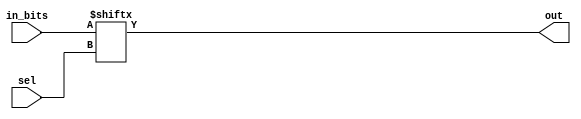
// Code your design here
`timescale 1ns / 1ps

//Mux 8 a 1

module MuxCondiciones #(parameter SEL_BITS=3)(
    input [SEL_BITS-1:0] sel, //Bus de seleccin con ancho SEL_BITS (ej.: 3 bits)
    input [(2**SEL_BITS)-1:0] in_bits, //los bits de entrada: 2^SEL_BITS (ej.: 2^3=8 bits)
    output reg out //bit de salida
    );
    
    always @(*)
        out = in_bits[sel];
        
endmodule

//contador con carga

module CounterWithLoad #(parameter ANCHO = 8) (
    input clk,
    input rst,
    input LD_C, //cargar (1), contar (0)
    input [ANCHO-1:0] CuentaEntrada, //Valor para carga paralela (donde vamos a saltar)
    output reg [ANCHO-1:0] cuenta  //salida del contador
    );
    
    always @(posedge clk)
      if (!rst) //reset activo en BAJO
         cuenta <= {ANCHO{1'b0}};
      else
         if (LD_C) //si LD_C es 1 entonces cargue el valor a la entrada
            cuenta <= CuentaEntrada;
         else // sino entonces cuente hacia arriba
            cuenta <= cuenta + 1'b1;
    
endmodule

// Memoria ROM 20bits x 256

module SimpleRom  #(parameter ANCHO = 20, parameter ANCHO_DIR = 8) (
    //ANCHO: es el tamao de las palabras almacenadas
    //ANCHO_DIR: El ancho del bus de direcciones!
    //por defecto:
    //Bus de direcciones de 8 bits, lo que genera una memoria con un Largo de 256 palabras
    //El bus de datos es de 20 bits 
    input [ANCHO_DIR-1:0]A, //direccin 
    output [ANCHO-1:0]Do //Dato de salida
    );
    reg [ANCHO-1:0] MATRIX [0:(2**ANCHO_DIR)-1];
    
    initial begin
        $readmemh("rom_content_t.mem", MATRIX); //cargar contenido de archivo de memoria (binario)
    end    
    
    assign #5 Do = MATRIX[A]; //simulando 25ns de retraso (un poco ms real)
    
endmodule

//controlador microprogramado
module Controlador(
    input clk,
    input rst,
    input Start,
    input Q0,
    input Zero,
    input Condicion4,
    input Condicion5,
    input Condicion6,
    output Load_regs,
    output Shift_regs,
    output Add_regs,
    output Decr_P,
    output ready,
    output salida5,
    output salida6,
    output salida7
    );
    
    parameter ANCHO_CONTADOR = 8;//Ancho del contador y del bus de la memoria
    parameter BITS_SELECCION_SALTO = 3;//bits usados para seleccionar condiciones de salto
    parameter ANCHO_MEMORIA = ANCHO_CONTADOR+8+1+BITS_SELECCION_SALTO; //20 bits en este ejemplo
    
    
    wire [ANCHO_CONTADOR-1:0] Cuenta_Direccion_Memoria;
    wire [ANCHO_CONTADOR-1:0] Direccion_Salto;
    wire [BITS_SELECCION_SALTO-1:0] Seleccion_De_Condicion_Salto;
    wire Senal_De_Carga_Contador;
    
    wire tmp0;//para relleno, no se usa en este ejemplo
    
    CounterWithLoad #(.ANCHO(ANCHO_CONTADOR)) Uconta (
        .clk(clk),
        .rst(rst),
        .LD_C(Senal_De_Carga_Contador), //cargar (1), contar (0)
        .CuentaEntrada(Direccion_Salto), //Valor para carga paralela (donde vamos a saltar)
        .cuenta(Cuenta_Direccion_Memoria) //salida del contador
    );
    
    SimpleRom  #(.ANCHO(ANCHO_MEMORIA), .ANCHO_DIR(ANCHO_CONTADOR)) Umem (
        .A(Cuenta_Direccion_Memoria), //direccin 
        .Do({
            Direccion_Salto, //8 bits //bits 19-12
            salida7, //8 bits de salida  //bit 11
            salida6, //bit 10
            salida5, //bit 9
            ready, //bit 8
            Decr_P, //bit 7
            Add_regs, //bit 6
            Shift_regs, //bit 5
            Load_regs, //bit 4
            tmp0,// 1 bit de relleno  //bit 3
            Seleccion_De_Condicion_Salto //3 bits de seleccin de salto  //bits 2-0 
        }) //Dato de salida de memoria -- TOTAL: 20 bits (5 digitos en hex)
    );
    
    MuxCondiciones #(.SEL_BITS(BITS_SELECCION_SALTO)) MUX(
       .sel(Seleccion_De_Condicion_Salto), //Bus de seleccin 
       /*
       Para el ejemplo de 3 bits de seleccin de salto:
       La seleccin en 000 significa NO SALTO
       La seleccin en 111 significa SALTO INCONDICIONAL
       Cualquier otra seleccin corresponde a las condiciones...
       
       **RECORDAR que el contador salta si la condicin es 1
         y continua contando si la condicin es 0!!!
       */
       .in_bits(//8 opciones
            {1'b1,//salto incondicional
            Condicion6, //sel 6
            Condicion5, //sel 5
            Condicion4, //sel 4
            Zero, //sel 3
            Q0, //sel 2
            Start, //sel 1
            1'b0}//NO saltar //menos significativo
            ), //los bits de entrada: 2^SEL_BITS (ej.: 2^3=8 bits)
       .out(Senal_De_Carga_Contador) //bit de salida
    );
    
endmodule